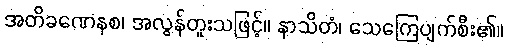
အတိခဏေနစ၊ အလွန်တူးသဖြင့်။ နာသိတံ၊ သေကြေပျက်စီး၏။